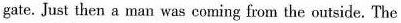
gate. Just then a man was coming from the outside. The